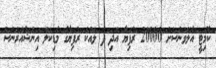
ކޮމިޓީ އެލަވަންސަށް 20000 ރުފިޔާ އަދި ދެ ލައްކަ ރުފިޔާގެ މެޑިކަލް އިންޝުއަރަންސް